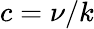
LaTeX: c=\nu/k